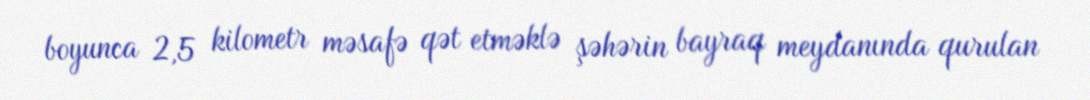
boyunca 2,5 kilometr məsafə qət etməklə şəhərin bayraq meydanında qurulan